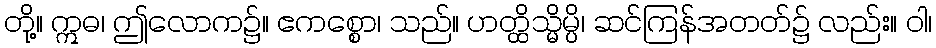
တို့။ ဣဓ၊ ဤလောက၌။ ဧကစ္စော၊ သည်။ ဟတ္ထိသ္မိမ္ပိ၊ ဆင်ကြန်အတတ်၌ လည်း။ ဝါ၊